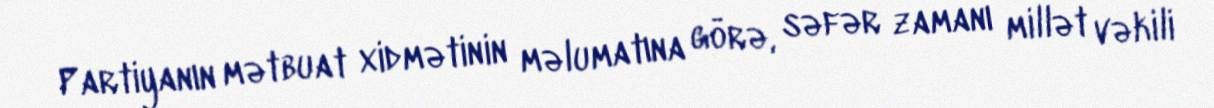
Partiyanın mətbuat xidmətinin məlumatına görə, səfər zamanı millət vəkili